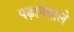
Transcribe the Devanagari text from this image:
पढ़ानेवाले